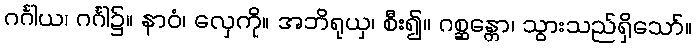
ဂင်္ဂါယ၊ ဂင်္ဂါ၌။ နာဝံ၊ လှေကို။ အဘိရုယှ၊ စီး၍။ ဂစ္ဆန္တော၊ သွားသည်ရှိသော်။